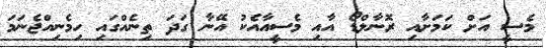
މެސީ އަށް ކަމަށާއި ރޮނާލްޑޯ އާއި މެސީއާއެކު އޭނާ ގަދަ ތިނެއްގައި ހިމެނިއްޖެނަމަ